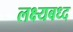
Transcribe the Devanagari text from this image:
लक्ष्यबध्द